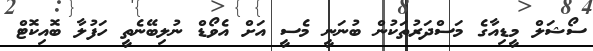
ސޯޝަލް މީޑިއާގެ މަސްދަރުތަކުން ބުނަނީ މެސީ އަށް އެވޯޑް ނުލިބޭނެތީ ހަފުލާ ބޮއިކޮޓް